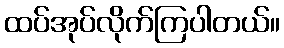
ထပ်အုပ်လိုက်ကြပါတယ်။